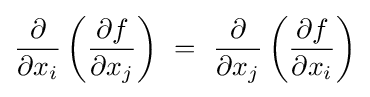
{\frac {\partial }{\partial x_{i}}}\left({\frac {\partial f}{\partial x_{j}}}\right)\ =\ {\frac {\partial }{\partial x_{j}}}\left({\frac {\partial f}{\partial x_{i}}}\right)